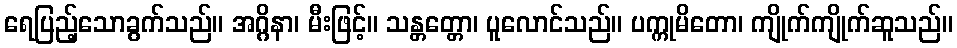
ရေပြည့်သောခွက်သည်။ အဂ္ဂိနာ၊ မီးဖြင့်။ သန္တတ္တော၊ ပူလောင်သည်။ ပက္ကုမိတော၊ ကျိုက်ကျိုက်ဆူသည်။